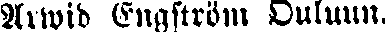
Arwid Engström Ouluun.